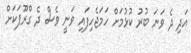
އަދި ދެ ވަނަ ބުރު ކުޅުމަށް ހަމަޖެހިފައި ވަނީ ވެސް ދެ ގްރޫޕަކަށް